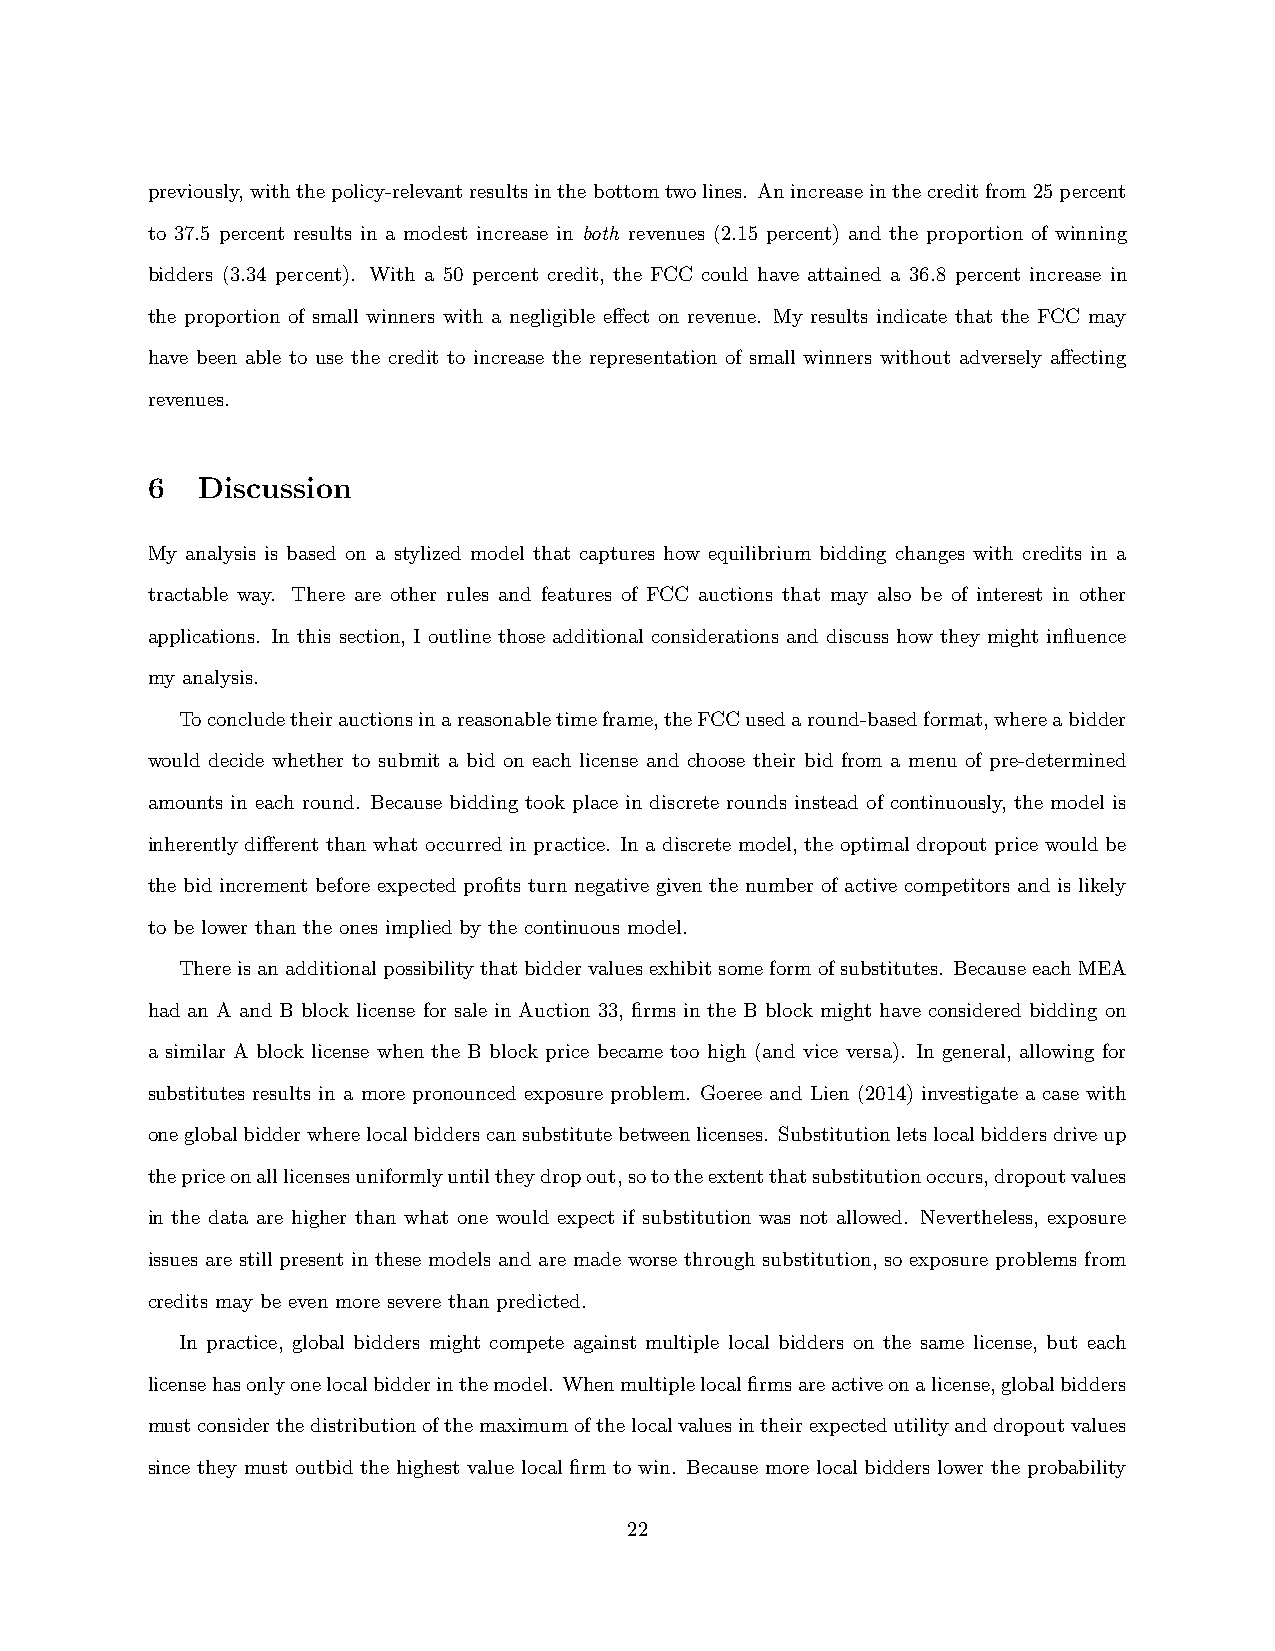
previously,withthepolicy-relevantresultsinthebottomtwolines. Anincreaseinthecreditfrom25percent
 to 37.5 percent results in a modest increase in both revenues (2.15 percent) and the proportion of winning
 bidders (3.34 percent). With a 50 percent credit, the FCC could have attained a 36.8 percent increase in
 the proportion of small winners with a negligible effect on revenue. My results indicate that the FCC may
 have been able to use the credit to increase the representation of small winners without adversely affecting
 revenues.
 6  Discussion
 My analysis is based on a stylized model that captures how equilibrium bidding changes with credits in a
 tractable way. There are other rules and features of FCC auctions that may also be of interest in other
 applications. In this section, I outline those additional considerations and discuss how they might influence
 my analysis.
 Toconcludetheirauctionsinareasonabletimeframe,theFCCusedaround-basedformat,whereabidder
 would decide whether to submit a bid on each license and choose their bid from a menu of pre-determined
 amounts in each round. Because bidding took place in discrete rounds instead of continuously, the model is
 inherently different than what occurred in practice. In a discrete model, the optimal dropout price would be
 the bid increment before expected profits turn negative given the number of active competitors and is likely
 to be lower than the ones implied by the continuous model.
 Thereisanadditionalpossibilitythatbiddervaluesexhibitsomeformofsubstitutes. BecauseeachMEA
 had an A and B block license for sale in Auction 33, firms in the B block might have considered bidding on
 a similar A block license when the B block price became too high (and vice versa). In general, allowing for
 substitutes results in a more pronounced exposure problem. Goeree and Lien (2014) investigate a case with
 oneglobalbidderwherelocalbidderscansubstitutebetweenlicenses. Substitutionletslocalbiddersdriveup
 thepriceonalllicensesuniformlyuntiltheydropout,sototheextentthatsubstitutionoccurs,dropoutvalues
 in the data are higher than what one would expect if substitution was not allowed. Nevertheless, exposure
 issues are still present in these models and are made worse through substitution, so exposure problems from
 credits may be even more severe than predicted.
 In practice, global bidders might compete against multiple local bidders on the same license, but each
 licensehasonlyonelocalbidderinthemodel. Whenmultiplelocalfirmsareactiveonalicense,globalbidders
 mustconsiderthedistributionofthemaximumofthelocalvaluesintheirexpectedutilityanddropoutvalues
 since they must outbid the highest value local firm to win. Because more local bidders lower the probability
 22